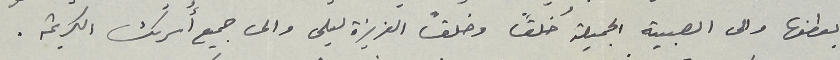
بعطفها والى الصبية الجميلة خُلقًا وخلقًا العزيزة ليلى والى جميع أُسرتك الكريمة.